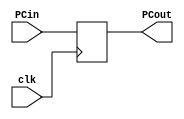
`timescale 1ns / 1ps
//////////////////////////////////////////////////////////////////////////////////
// Company: 
// Engineer: 
// 
// Design Name: 
// Module Name:    PC 
// Project Name: 
// Target Devices: 
// Tool versions: 
// Description: 
//
// Dependencies: 
//
// Revision: 
// Revision 0.01 - File Created
// Additional Comments: 
//
//////////////////////////////////////////////////////////////////////////////////
module PC(
    input clk,
    input [31:0] PCin,
    output reg [31:0] PCout
    );

initial begin
PCout <= 0;
end

always @(posedge clk)
begin
PCout <= PCin;
end

endmodule